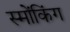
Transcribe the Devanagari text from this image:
स्मोंकिंग